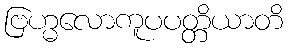
ဗြဟ္မလောကူပပတ္တိယာတိ